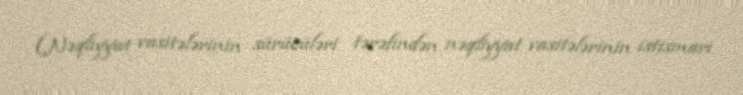
(Nəqliyyat vasitələrinin sürücüləri tərəfindən nəqliyyat vasitələrinin istismarı